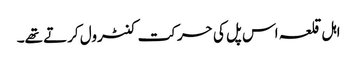
اہل قلعہ اس پل کی حرکت کنٹرول کرتے تھے۔